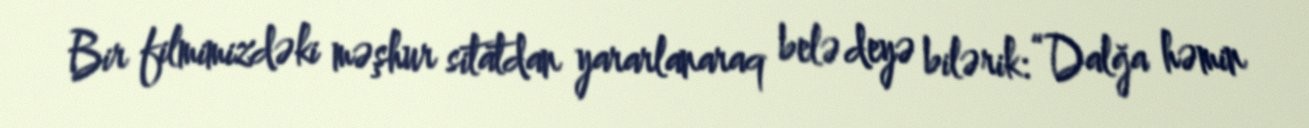
Bir filmimizdəki məşhur sitatdan yararlanaraq belə deyə bilərik: “Dalğa həmin